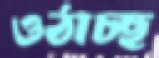
ওঠাচ্ছ